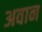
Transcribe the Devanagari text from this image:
अवान